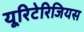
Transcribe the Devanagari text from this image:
यूरिटेरिजियस